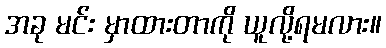
အခု မင်း မှာထားတာကို ယူလို့ရမလား။